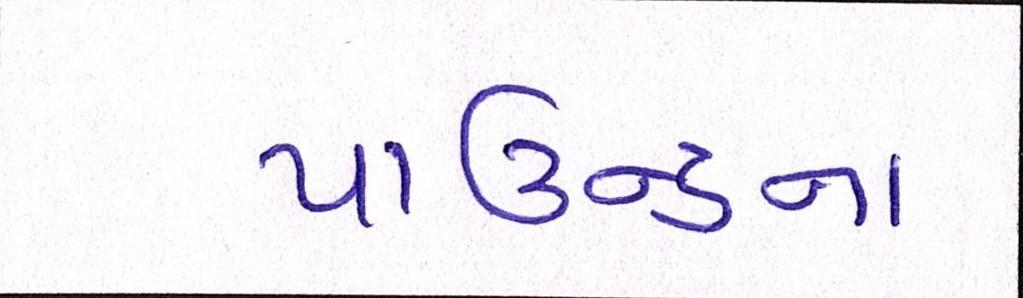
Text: પાઉન્ડના